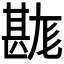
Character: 𤯉